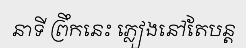
នាទី ព្រឹកនេះ ភ្លៀងនៅតែបន្ត